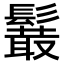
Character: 𩯍